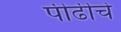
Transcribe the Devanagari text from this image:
पीढीचे